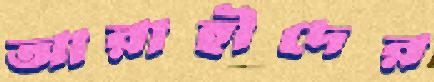
আরাহীদের